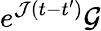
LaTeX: e^{\mathcal J(t-t^{\prime})}\mathcal G